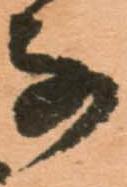
な